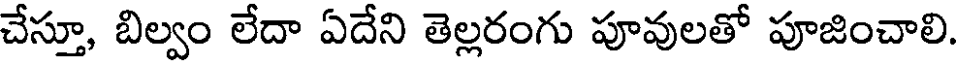
చేస్తూ, బిల్వం లేదా ఏదేని తెల్లరంగు పూవులతో పూజించాలి.